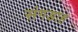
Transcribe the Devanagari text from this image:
संगडाह